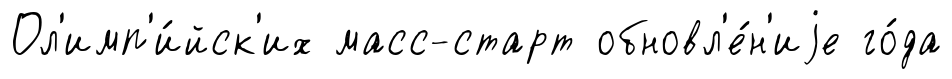
Ол'имп'и́йск'их масс-старт обновл'е́н'иjе го́да